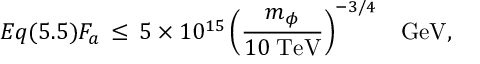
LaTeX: E q ( 5 . 5 ) F _ { a } \, \leq \, 5 \times 1 0 ^ { 1 5 } \left( \frac { m _ { \phi } } { 1 0 \; \mathrm { T e V } } \right) ^ { - 3 / 4 } \; \; \; \mathrm { G e V } ,